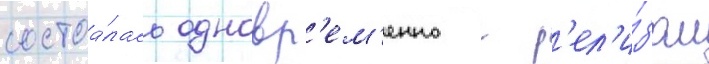
состоа́лась одновр'ем'енно с р'ел'и́зом